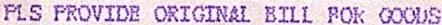
PLS PROVIDE ORIGINAL BILL FOR GOODS